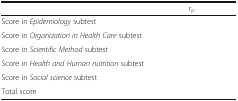
<table><thead><tr><td>[EMPTY_CELL]</td><td><b>r<sub>p</sub></b></td></tr></thead><tbody><tr><td>Score in <i>Epidemiology</i> subtest</td><td>[EMPTY_CELL]</td></tr><tr><td>Score in <i>Organization in Health Care</i> subtest</td><td>[EMPTY_CELL]</td></tr><tr><td>Score in <i>Scientific Method</i> subtest</td><td>[EMPTY_CELL]</td></tr><tr><td>Score in <i>Health and Human nutrition</i> subtest</td><td>[EMPTY_CELL]</td></tr><tr><td>Score in <i>Social science</i> subtest</td><td>[EMPTY_CELL]</td></tr><tr><td>Total score</td><td>[EMPTY_CELL]</td></tr></tbody></table>